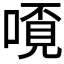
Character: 𫫗